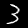
Digit: 3